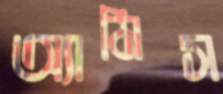
অ্যামিস